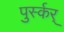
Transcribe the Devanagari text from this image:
पुर्स्कर्